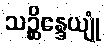
သဉ္ဆိန္ဒေယျုံ